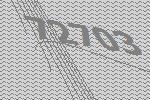
72703